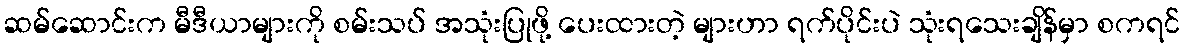
ဆမ်ဆောင်းက မီဒီယာများကို စမ်းသပ် အသုံးပြုဖို့ ပေးထားတဲ့ များဟာ ရက်ပိုင်းပဲ သုံးရသေးချိန်မှာ စကရင်